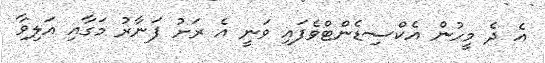
އެ ދެ މީހުން އެކްސިޑެންޓްވެފައި ވަނީ އެ ރަށު ފަނާރު މަގާއި އަލިވާ